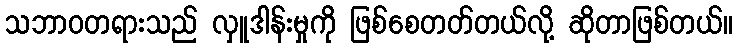
သဘာဝတရားသည် လှူဒါန်းမှုကို ဖြစ်စေတတ်တယ်လို့ ဆိုတာဖြစ်တယ်။